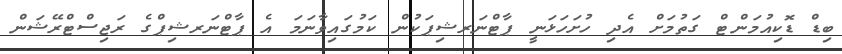
ބިޑް ޑޮކިއުމަންޓް ގަތުމަށް އެދި ހުށަހަޅަނީ ޕާޓްނަރޝިޕަކުން ކަމުގައިވާނަމަ އެ ޕާޓްނަރޝިޕްގެ ރަޖިސްޓްރޭޝަން